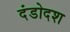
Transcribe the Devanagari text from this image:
दंडोदश